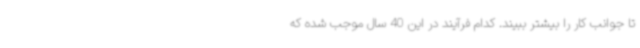
تا جوانب کار را بیشتر ببیند. کدام فرآیند در این 40 سال موجب شده که